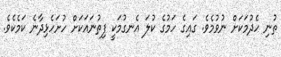
ތުނި ހެދުމަކަށް ނުވުމެވެ. ގައިގެ ހަމުގެ ކުލަ އެނގުމަކީ ފިތުނައަކަށް ހުށަހެޅިދާނެ ކަމެކެވެ.